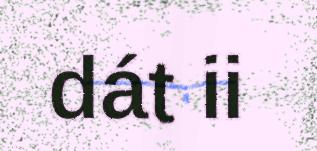
dát ii